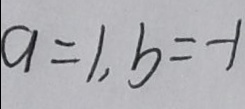
a = 1 , b = - 1